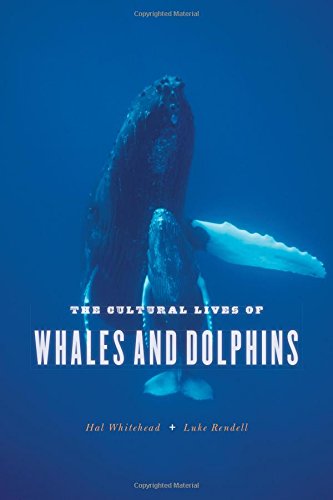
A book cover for The Cultural Lives of Whales and Dolphins; Hal Whitehead; Science & Math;